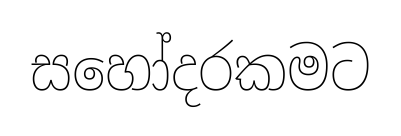
සහෝදරකමට